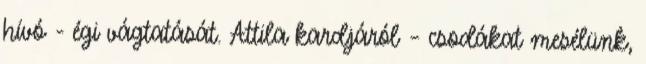
hívó - égi vágtatását. Attila kardjáról – csodákat mesélünk,